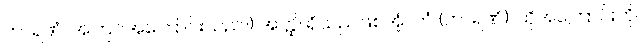
ကာရဏံ၊ အကြင်အကြောင်းသည်။) အတ္ထိ၊ ရှိသည်ဖြစ်အံ့။ တံ (ကာရဏံ)၊ ထိုအကြောင်းကို။